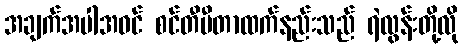
အချက်အပါအဝင် စင်တီမီတာထက်နည်းသည် ရဲလွန်းတို့လို